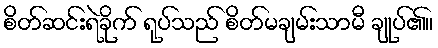
စိတ်ဆင်းရဲခိုက် ရုပ်သည် စိတ်မချမ်းသာမီ ချုပ်၏။